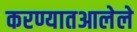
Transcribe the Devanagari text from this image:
करण्यातआलेले